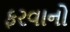
ફરવાનો